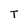
Character: T